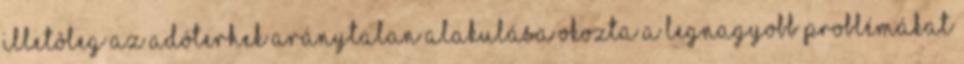
illetôleg az adóterhek aránytalan alakulása okozta a legnagyobb problémákat